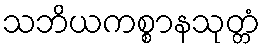
သဘိယကစ္စာနသုတ္တံ